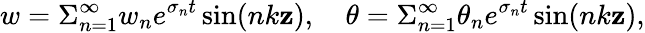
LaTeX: w=\Sigma_{n=1}^{\infty}w_{n}e^{\sigma_{n}t}\sin(nk\mathbf{z}),\quad\theta=\Sigma_{n=1}^{\infty}\theta_{n}e^{\sigma_{n}t}\sin(nk\mathbf{z}),